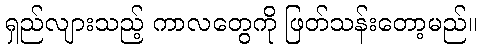
ရှည်လျားသည့် ကာလတွေကို ဖြတ်သန်းတော့မည်။